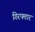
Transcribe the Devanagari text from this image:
गिरफ्तार